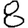
Digit: 8